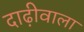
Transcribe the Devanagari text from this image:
दाढ़ीवाला